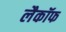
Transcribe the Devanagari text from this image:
लैकॉफ